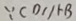
\because C D / / H B